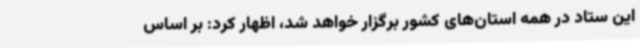
این ستاد در همه استان‌های کشور برگزار خواهد شد، اظهار کرد: بر اساس